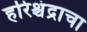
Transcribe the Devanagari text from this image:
हरिश्चंद्राचा